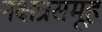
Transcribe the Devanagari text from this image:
नक्षत्रसमूह